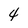
Character: 4